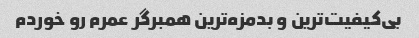
بی‌کیفیت‌ترین و بدمزه‌ترین همبرگر عمرم رو خوردم